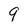
Character: 9